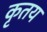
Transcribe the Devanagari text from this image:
कृतय